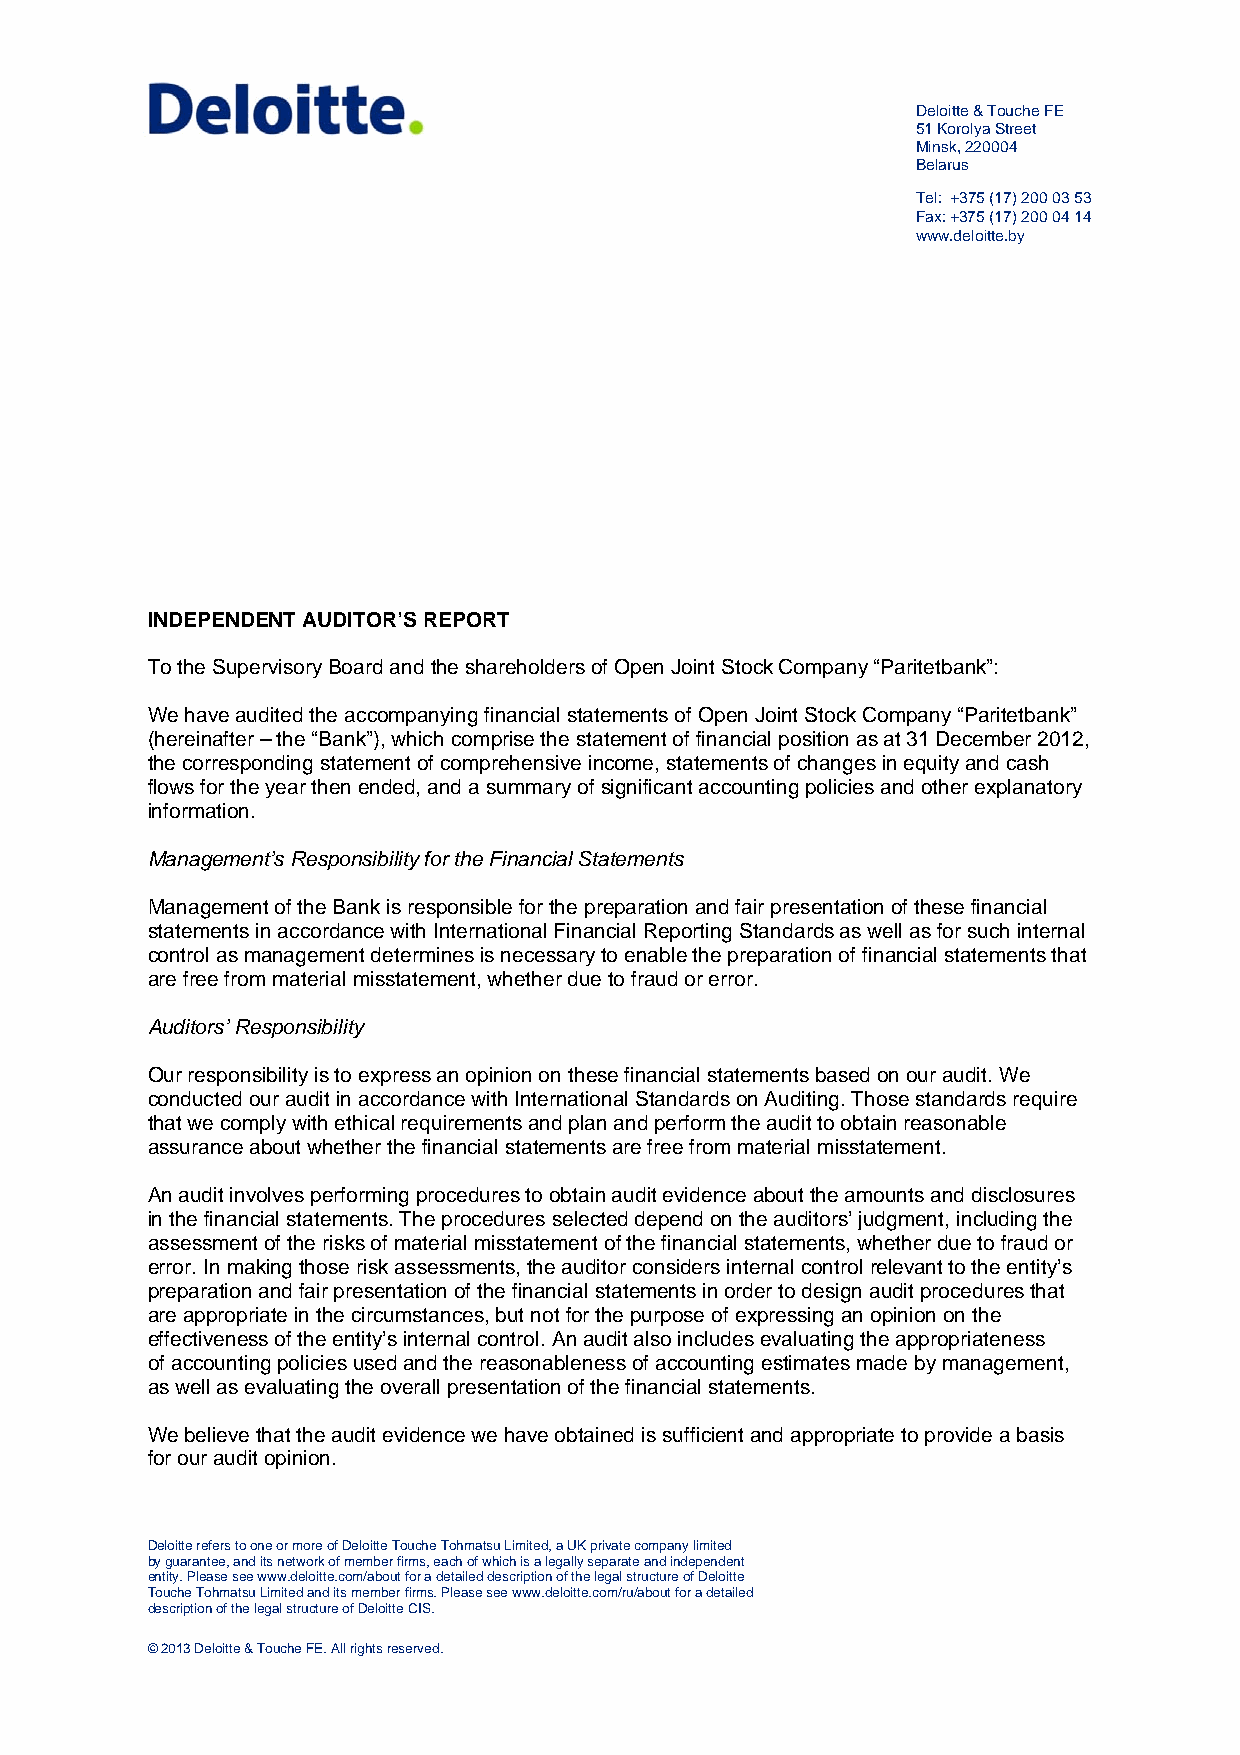
Deloitte & Touche FE
 51 Korolya Street
 Minsk, 220004
 Belarus
 Tel: +375 (17) 200 03 53
 Fax: +375 (17) 200 04 14
 www.deloitte.by
 INDEPENDENT AUDITOR’S REPORT
 To the Supervisory Board and the shareholders of Open Joint Stock Company “Paritetbank”:
 We have audited the accompanying financial statements of Open Joint Stock Company “Paritetbank”
 (hereinafter – the “Bank”), which comprise the statement of financial position as at 31 December 2012,
 the corresponding statement of comprehensive income, statements of changes in equity and cash
 flows for the year then ended, and a summary of significant accounting policies and other explanatory
 information.
 Management’s Responsibility for the Financial Statements
 Management of the Bank is responsible for the preparation and fair presentation of these financial
 statements in accordance with International Financial Reporting Standards as well as for such internal
 control as management determines is necessary to enable the preparation of financial statements that
 are free from material misstatement, whether due to fraud or error.
 Auditors’ Responsibility
 Our responsibility is to express an opinion on these financial statements based on our audit. We
 conducted our audit in accordance with International Standards on Auditing. Those standards require
 that we comply with ethical requirements and plan and perform the audit to obtain reasonable
 assurance about whether the financial statements are free from material misstatement.
 An audit involves performing procedures to obtain audit evidence about the amounts and disclosures
 in the financial statements. The procedures selected depend on the auditors’ judgment, including the
 assessment of the risks of material misstatement of the financial statements, whether due to fraud or
 error. In making those risk assessments, the auditor considers internal control relevant to the entity’s
 preparation and fair presentation of the financial statements in order to design audit procedures that
 are appropriate in the circumstances, but not for the purpose of expressing an opinion on the
 effectiveness of the entity’s internal control. An audit also includes evaluating the appropriateness
 of accounting policies used and the reasonableness of accounting estimates made by management,
 as well as evaluating the overall presentation of the financial statements.
 We believe that the audit evidence we have obtained is sufficient and appropriate to provide a basis
 for our audit opinion.
 Deloitte refers to one or more of Deloitte Touche Tohmatsu Limited, a UK private company limited
 by guarantee, and its network of member firms, each of which is a legally separate and independent
 entity. Please see www.deloitte.com/about for a detailed description of the legal structure of Deloitte
 Touche Tohmatsu Limited and its member firms. Please see www.deloitte.com/ru/about for a detailed
 description of the legal structure of Deloitte CIS.
 © 2013 Deloitte & Touche FE. All rights reserved.